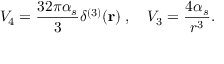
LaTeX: V _ { 4 } = \frac { 3 2 \pi \alpha _ { s } } { 3 } \delta ^ { ( 3 ) } ( { \bf r } ) \; , \mathrm { ~ ~ ~ } V _ { 3 } = \frac { 4 \alpha _ { s } } { r ^ { 3 } } .